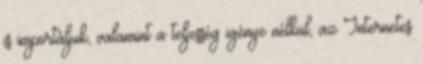
is importáljuk, valamint a teljesség igénye nélkül, az Internetes